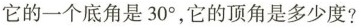
它的一个底角是30°，它的顶角是多少度?